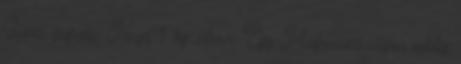
Gyors fogyás: Napi 1 kg citrom Egy Magyarországon eddig